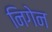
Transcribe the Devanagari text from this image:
निगेन